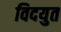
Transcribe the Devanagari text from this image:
विदयुत